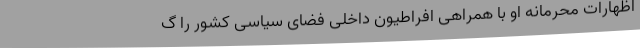
اظهارات محرمانهٔ او با همراهی افراطیون داخلی فضای سیاسی کشور را گ